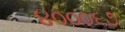
૪૦૦૦૬૭